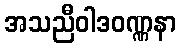
အသညီဝါဒဝဏ္ဏနာ